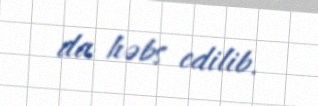
da həbs edilib.